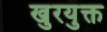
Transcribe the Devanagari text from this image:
खुरयुक्त